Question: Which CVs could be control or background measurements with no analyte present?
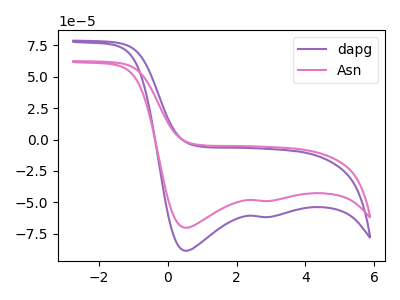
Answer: <think>The purple curve "dapg" has cathodic peaks at (0.50V, -88.50uA) (2.75V, -61.65uA). The pink curve "Asn" has cathodic peaks at (0.50V, -70.20uA) (2.75V, -48.90uA).</think>
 <answer>There are not any CV's on this graph that are likely to be blanks.</answer>
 <eval>none</eval>